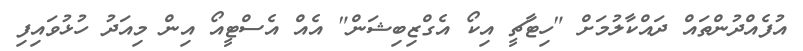
އުފެއްދުންތައް ދައްކާލުމަށް "ހިޓާޗީ އިކޯ އެގްޒިބިޝަން" އެއް އެސްޓީއޯ އިން މިއަދު ހުޅުވައިފި